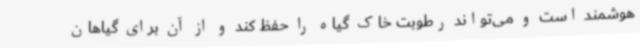
هوشمند است و می‌تواند رطوبت خاک گیاه را حفظ کند و از آن برای گیاهان